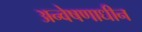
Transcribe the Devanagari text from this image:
अन्वेषणाधीन